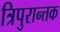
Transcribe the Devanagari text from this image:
त्रिपुरान्तक